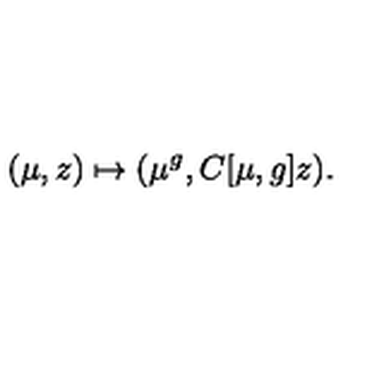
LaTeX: ( \mu , z ) \mapsto ( \mu ^ { g } , C [ \mu , g ] z ) .